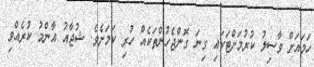
ހަމައަށް ވާސިލު ކުރުމަށްޓަކައި ގިނަ ގޮންޖެހުންތަކެއް ހުރި ކަމަށެވެ. ޝުޖާއު އާންމު ކުރެއްވި